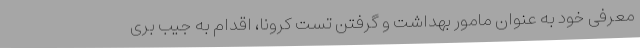
معرفی خود به عنوان مامور بهداشت و گرفتن تست کرونا، اقدام به جیب بری